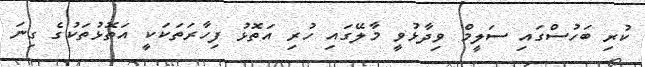
ކުރި ބަހުސްގައި ސަލީމް ވިދާޅުވީ މާލޭގައި ހުރި އަތޮޅު ފިހާރަތަކަކީ އަތޮޅުތަކުގެ ގިނަ